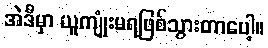
အဲဒီမှာ ယူကျုံးမရဖြစ်သွားတာပေါ့။